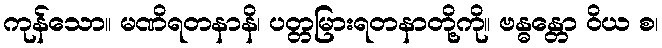
ကုန်သော။ မဏိရတနာနိ၊ ပတ္တမြားရတနာတို့ကို။ ဗန္ဓန္တော ဝိယ စ၊